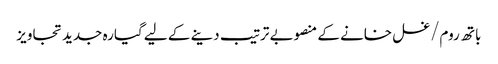
باتھ روم/غسل خانے کے منصوبے ترتیب دینے کے لیے گیارہ جدید تجاویز